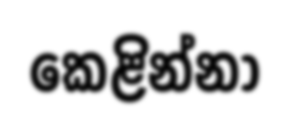
කෙළින්නා